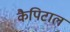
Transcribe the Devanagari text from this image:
कैपिटाल